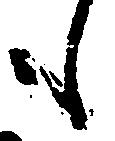
も